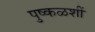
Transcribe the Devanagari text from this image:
पुष्कळशीं